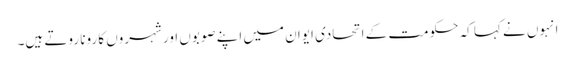
انہوں نے کہا کہ حکومت کے اتحادی ایوان میں اپنے صوبوں اور شہروں کا رونا روتے ہیں۔